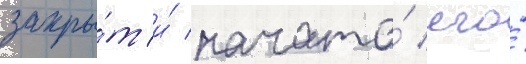
закры́т и́ начата́ его́